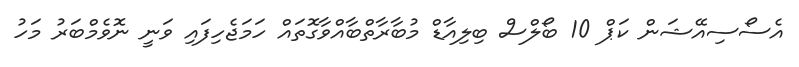
އެސޯސިއޭޝަން ކަޕް 10 ބޯލްސް ބިލިއާޑް މުބާރާތްބާއްވާގޮތައް ހަމަޖެހިފައި ވަނީ ނޮވެމްބަރު މަހު